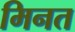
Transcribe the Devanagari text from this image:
मिनत